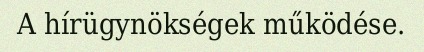
A hírügynökségek működése.